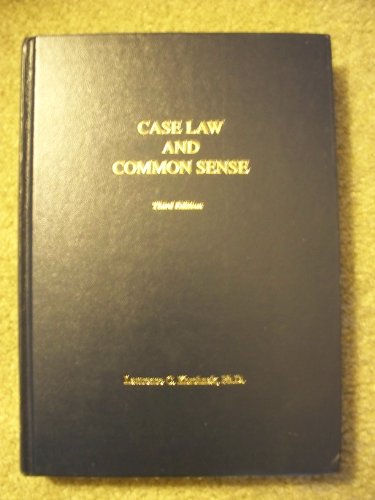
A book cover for Case Law and Common Sense: A Guide to Pennsylvania School Law; Education & Teaching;